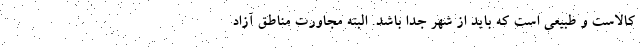
کالاست و طبیعی است که باید از شهر جدا باشد. البته مجاورت مناطق آزاد